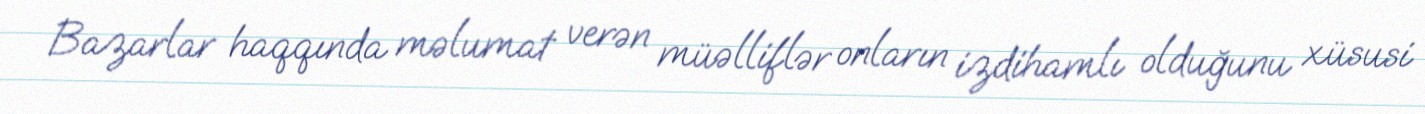
Bazarlar haqqında məlumat verən müəlliflər onların izdihamlı olduğunu xüsusi